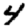
Digit: 4